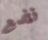
نضع